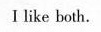
Ⅰlike both.